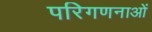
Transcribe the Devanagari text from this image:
परिगणनाओं